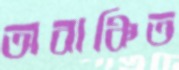
অবাঞ্চিত